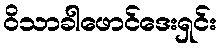
ဝိသာခါဖောင်ဒေးရှင်း